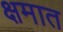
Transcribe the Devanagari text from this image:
क्षमात